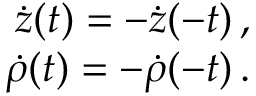
\begin{array} { r } { \dot { z } ( t ) = - \dot { z } ( - t ) \, , } \\ { \dot { \rho } ( t ) = - \dot { \rho } ( - t ) \, . } \end{array}